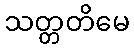
သတ္တတိမေ